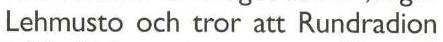
Lehmusto och tror att Rundradion